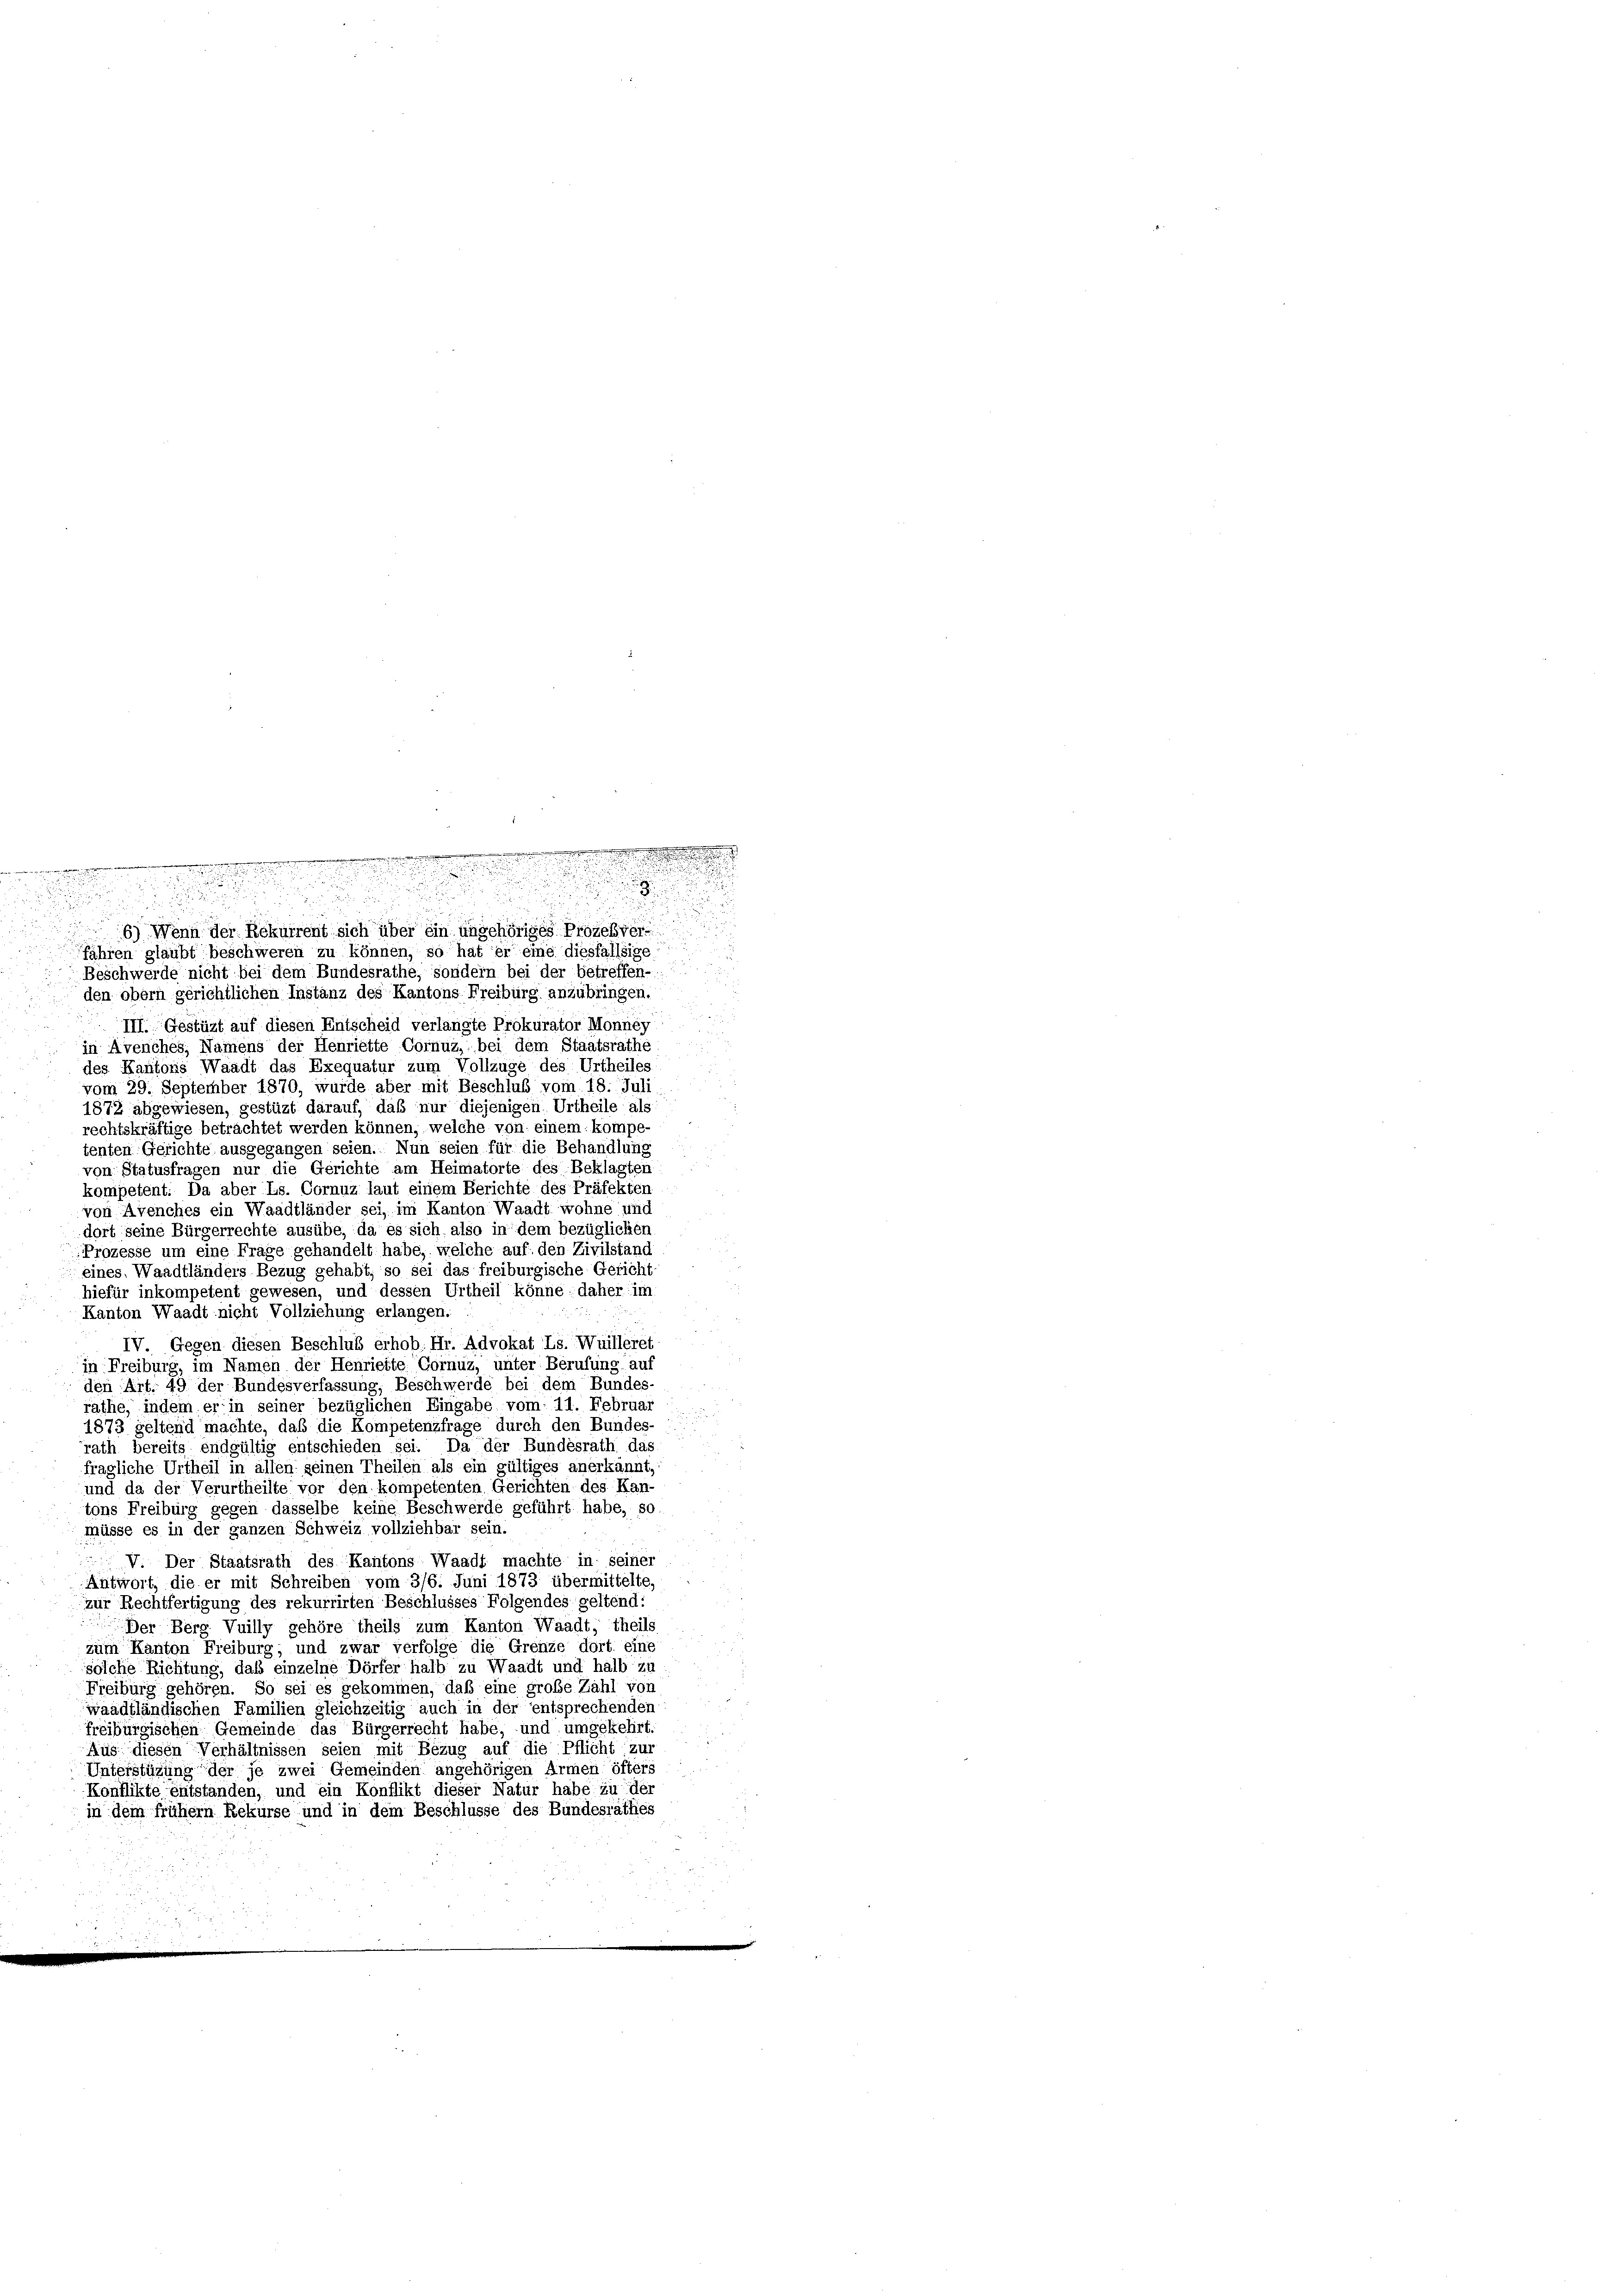
¬

.

u
u

u
un, die sein
6) Wenn der Rekurrent sich über ein angehöriges Prozeßverfahren glaubt beschweren zu können, so hat er eine diesfallsige
Beschwerde nicht bei dem Bundesrathe, sondern bei der betreffen-
den obern gerichtlichen Instanz des Kantons Freiburg anzubringen.
III. Gestüzt auf diesen Entscheid verlangte Prokurator Monney
in Avenches, Namens der Henriette Cornuz, bei dem Staatsrathe
des Kantons Waadt das Exequatur zum Vollzuge des Urtheiles
vom 29. September 1870, wurde aber mit Beschluß vom 18. Juli
1872 abgewiesen, gestüzt darauf, daß nur diejenigen Urtheile als
rechtskräftige betrachtet werden können, welche von einem kompe-
tenten Gerichte ausgegangen seien. Nun seien für die Behandlung
von Statusfragen nur die Gerichte am Heimatorte des Beklagten
kompetent: Da aber Ls. Cornuz laut einem Berichte des Präfekten
von Avenches ein Waadtländer sei, im Kanton Waadt wohne und
dort seine Bürgerrechte ausübe, da es sich also in dem bezüglichen
Prozesse um eine Frage gehandelt habe, welche auf den Zivilstand
eines. Waadtländers Bezug gehabt, so sei das freiburgische Gericht-
hiefür inkompetent gewesen, und dessen Urtheil könne daher im
Kanton Waadt nicht Vollziehung erlangen.
IV. Gegen diesen Beschlub erhob Hr. Advokat Ls. Wuilleret
in Freiburg, im Namen der Henriette Gornuz, unter Berufung auf
den Art. 49 der Bundesverfassung, Beschwerde bei dem Bundes-
räthe, indem er in seiner bezüglichen Eingabe vom 11. Februar
1873 geltend machte, daß die Kompetenzfrage durch den Bundes-
rath bereits endgültig entschieden sei. Da der Bundesrath das
fragliche Urtheil in allen seinen Theilen als ein gültiges anerkannt,
und da der Verurtheilte vor den kompetenten Gerichten des Kan-
tons Freiburg gegen dasselbe keine Beschwerde geführt habe, so
müsse es in der ganzen Schweiz vollziehbar sein.
 V. Der Staatsrath des Kantons Waadt machte in seiner
Antwort, die er mit Schreiben vom 3/6. Juni 1873 übermittelte,
zur Rechtfertigung des rekurrirten Beschlusses Folgendes geltend:
Der Berg Vuilly gehöre theils zum Kanton Waadt, theils
zum Kanton Freiburg; und zwar verfolge die Grenze dort eine
solche Richtung, daß einzelne Dörfer halb zu Waadt und halb zu
Freiburg gehören. So sei es gekommen, daß eine große Zahl von
waadtländischen Familien gleichzeitig auch in der entsprechenden
freiburgischen Gemeinde das Bürgerrecht habe, und umgekehrt.
Aus diesen Verhältnissen seien mit Bezug auf die Pflicht zur
Unterstüzung der je zwei Gemeinden angehörigen Armen öfters
Konflikte entstanden, und ein Konflikt dieser Natur habe zu der
in dem frühem Rekurse und in dem Beschlüsse des Bundesrathes

.
.

d